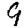
Digit: 9